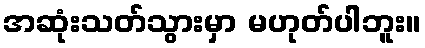
အဆုံးသတ်သွားမှာ မဟုတ်ပါဘူး။